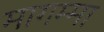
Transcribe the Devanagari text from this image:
मागम्मा